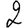
Digit: 2